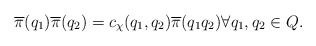
\begin{align*} \overline{\pi}(q_1) \overline{\pi}(q_2) = c_\chi(q_1, q_2) \overline{\pi}(q_1 q_2) \forall q_1,q_2\in Q.\end{align*}